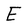
Character: E